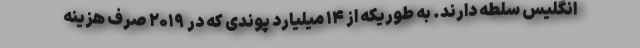
انگلیس سلطه دارند. به طوریکه از ۱۴ میلیارد پوندی که در ۲۰۱۹ صرف هزینه